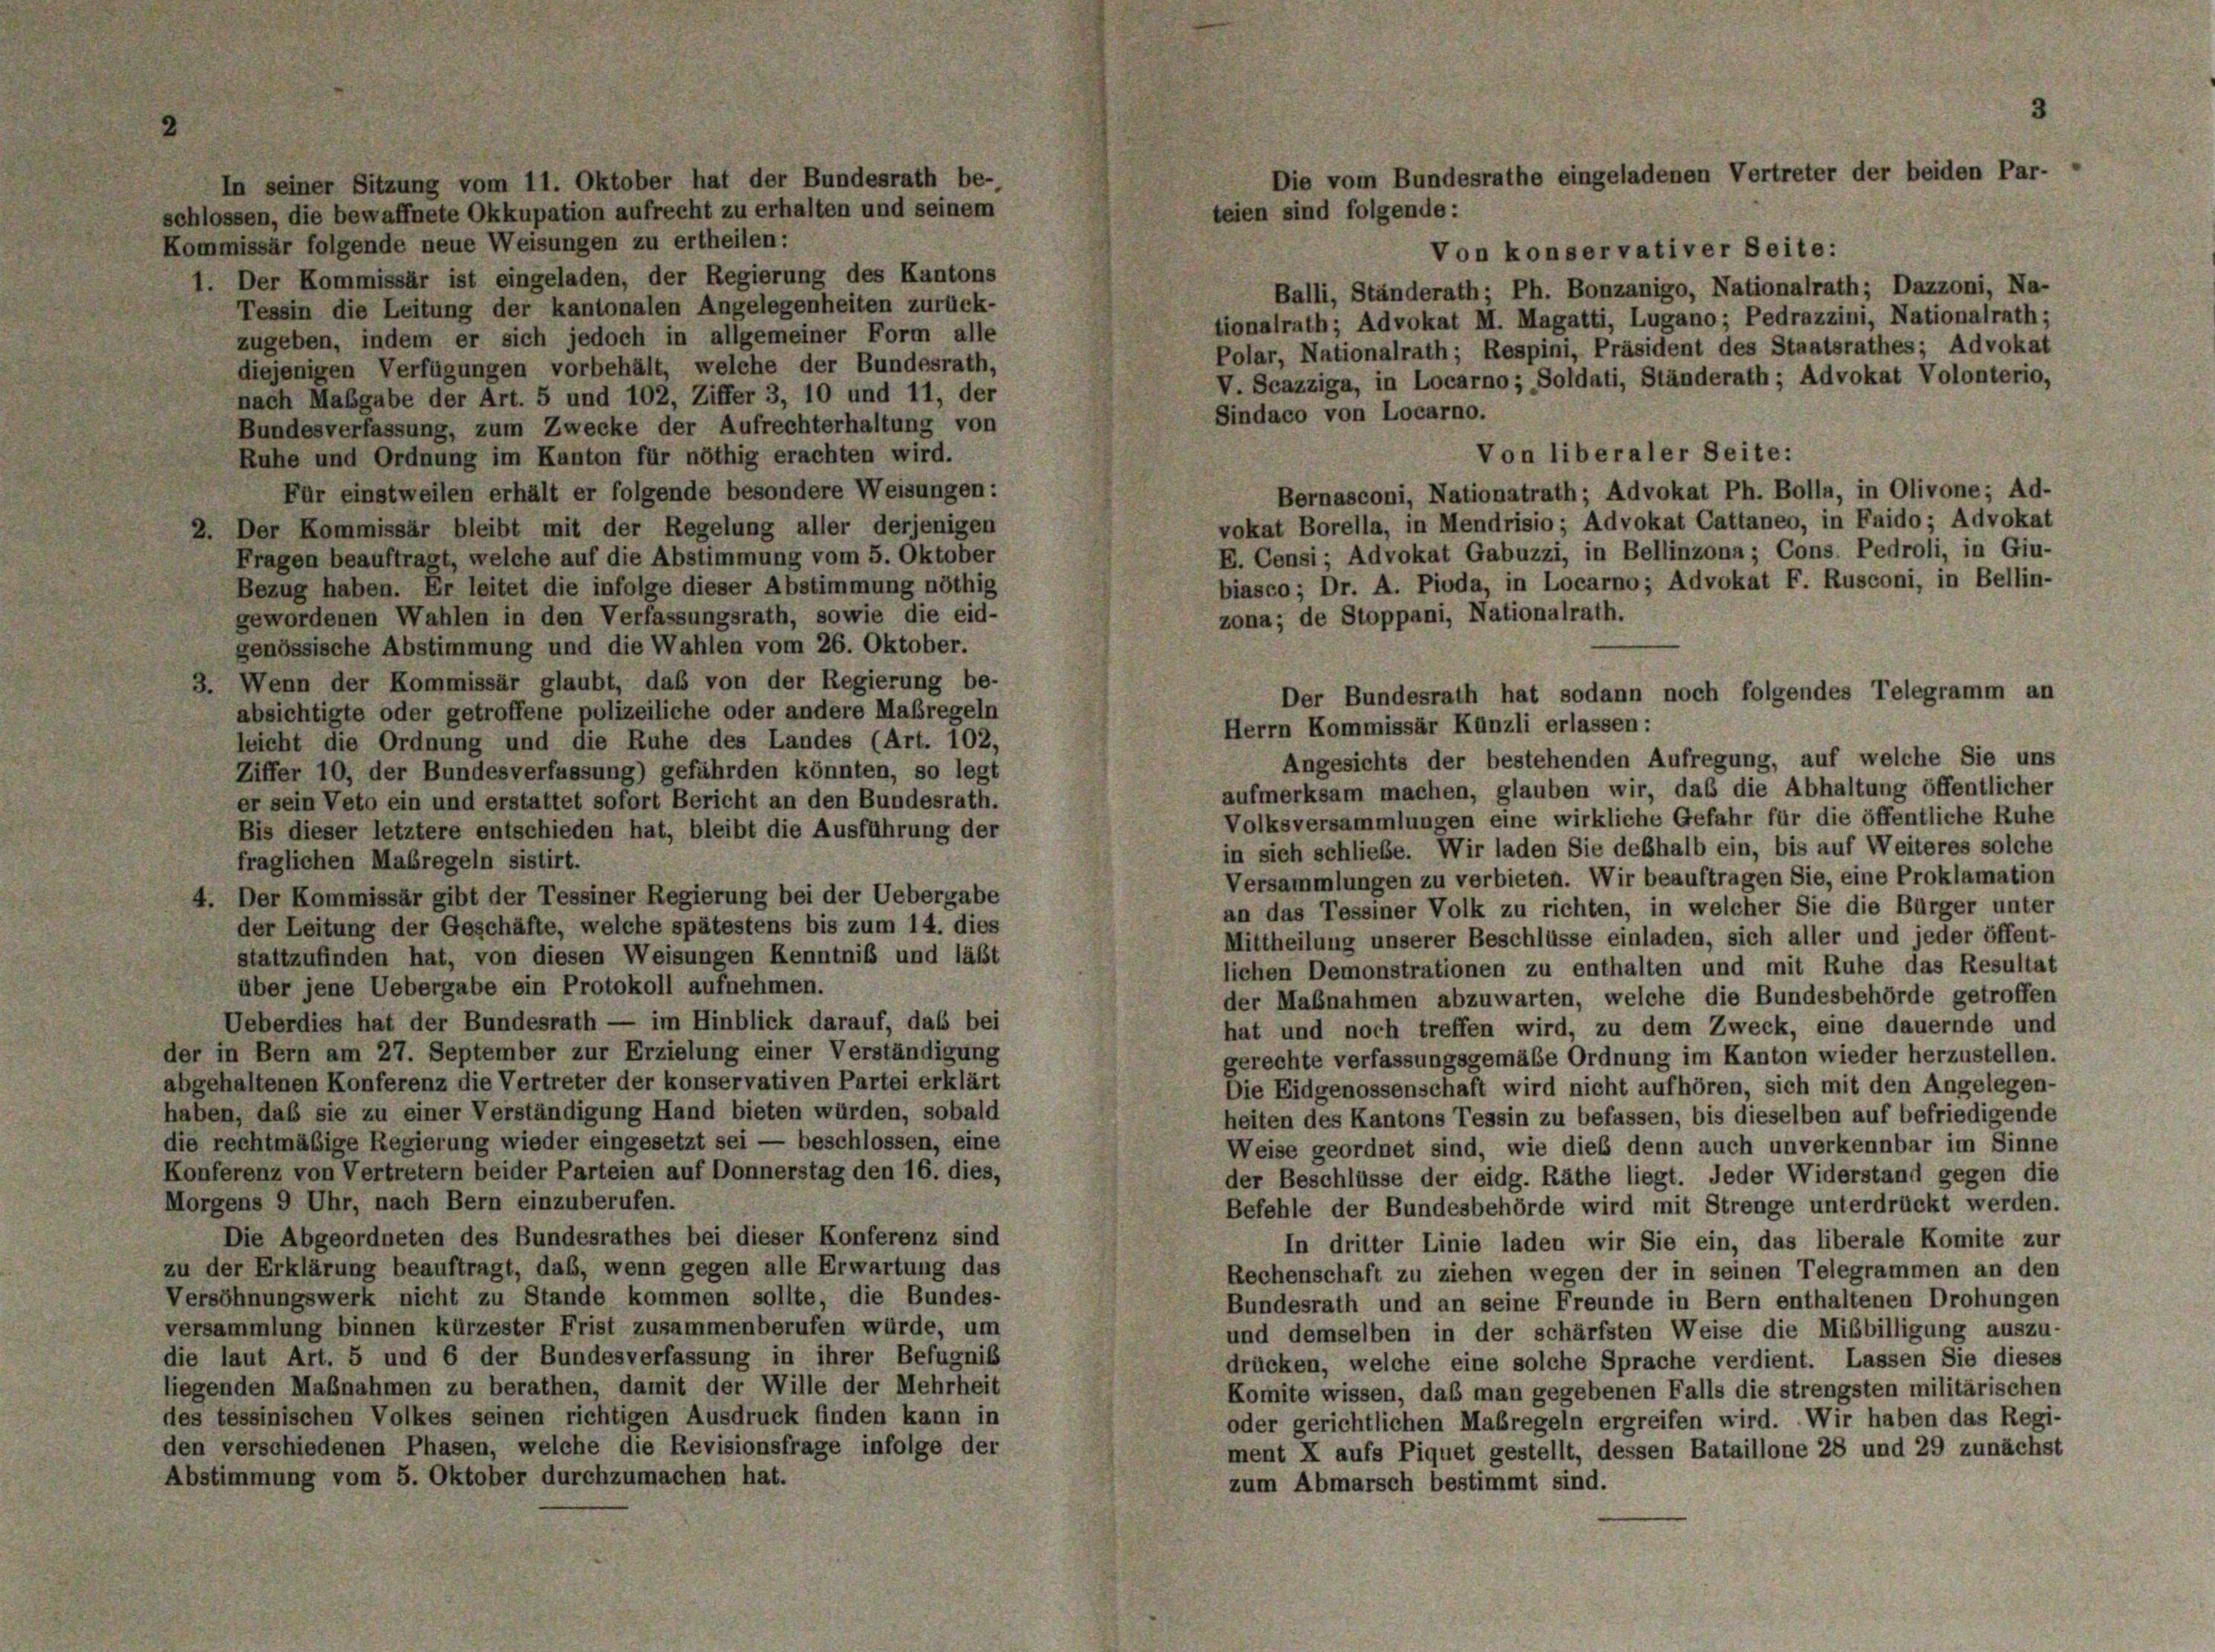
In seiner Sitzung vom 11. Oktober hat der Bundesrath be-
schlossen, die bewaffnete Okkupation aufrecht zu erhalten und seinem
Kommissär folgende neue Weisungen zu ertheilen:
Von konservativer Seite:
1. Der Kommissär ist eingeladen, der Regierung des Kantons
Balli, Ständerath; Ph. Bonzanigo, Nationalrath; Dazzoni, Na-
Tessin die Leitung der kantonalen Angelegenheiten zurück-
tionalrath; Advokat M. Magatti, Lugano; Pedrazzini, Nationalrath;
zugeben, indem er sich jedoch in allgemeiner Form alle
Polar, Nationalrath; Respini, Präsident des Staatsrathes; Advokat
diejenigen Verfügungen vorbehält, welche der Bundesrath,
V. Scazziga, in Locarno ; Soldati, Ständerath; Advokat Volonterio,
nach Maßgabe der Art. 5 und 102, Ziffer 3, 10 und 11, der
Sindaco von Locarno.
Bundesverfassung, zum Zwecke der Aufrechterhaltung von
Von liberaler Seite:
Ruhe und Ordnung im Kanton für nöthig erachten wird.
Für einstweilen erhält er folgende besondere Weisungen:
Bernasconi, Nationatrath; Advokat Ph. Bolla, in Olivone; Ad-
vokat Borella, in Mendrisio; Advokat Cattaneo, in Faido; Advokat
2. Der Kommissär bleibt mit der Regelung aller derjenigen
E. Consi; Advokat Gabuzzi, in Bellinzona; Cons. Pedroli, in Giu-
Fragen beauftragt, welche auf die Abstimmung vom 5. Oktober
biasco; Dr. A. Pioda, in Locarno; Advokat F. Rusconi, in Bellin-
Bezug haben. Er leitet die infolge dieser Abstimmung nöthig
zona; de Stoppani, Nationalrath.
gewordenen Wahlen in den Verfassungsrath, sowie die eid-
genössische Abstimmung und die Wahlen vom 26. Oktober.
3. Wenn der Kommissär glaubt, daß von der Regierung be-
absichtigte oder getroffene polizeiliche oder andere Maßregeln
Herrn Kommissär Künzli erlassen:
leicht die Ordnung und die Ruhe des Landes (Art. 102,
Angesichts der bestehenden Aufregung, auf welche Sie uns
Ziffer 10, der Bundesverfassung) gefährden könnten, so legt
aufmerksam machen, glauben wir, daß die Abhaltung öffentlicher
er sein Veto ein und erstattet sofort Bericht an den Bundesrath.
Volksversammlungen eine wirkliche Gefahr für die öffentliche Ruhe
Bis dieser letztere entschieden hat, bleibt die Ausführung der
in sich schließe. Wir laden Sie deßhalb ein, bis auf Weiteres solche
fraglichen Maßregeln sistirt.
Versammlungen zu verbieten. Wir beauftragen Sie, eine Proklamation
4. Der Kommissär gibt der Tessiner Regierung bei der Uebergabe
an das Tessiner Volk zu richten, in welcher Sie die Bürger unter
der Leitung der Geschäfte, welche spätestens bis zum 14. dies
Mittheilung unserer Beschlüsse einladen, sich aller und jeder öffent-
stattzufinden hat, von diesen Weisungen Kenntniß und läßt
lichen Demonstrationen zu enthalten und mit Ruhe das Resultat
über jene Uebergabe ein Protokoll aufnehmen.
der Maßnahmen abzuwarten, welche die Bundesbehörde getroffen
Ueberdies hat der Bundesrath — im Hinblick darauf, das bei
hat und noch treffen wird, zu dem Zweck, eine dauernde und
der in Bern am 27. September zur Erzielung einer Verständigung
gerechte verfassungsgemäße Ordnung im Kanton wieder herzustellen.
abgehaltenen Konferenz die Vertreter der konservativen Partei erklärt
Die Eidgenossenschaft wird nicht aufhören, sich mit den Angelegen-
haben, daß sie zu einer Verständigung Hand bieten würden, sobald
heiten des Kantons Tessin zu befassen, bis dieselben auf befriedigende
die rechtmäßige Regierung wieder eingesetzt sei — beschlossen, eine
Weise geordnet sind, wie dies denn auch unverkennbar im Sinne
Konferenz von Vertretern beider Parteien auf Donnerstag den 16. dies,
der Beschlüsse der eidg. Räthe liegt. Jeder Widerstand gegen die
Morgens 9 Uhr, nach Bern einzuberufen.
Befehle der Bundesbehörde wird mit Strenge unterdrückt werden.
Die Abgeordneten des Bundesrathes bei dieser Konferenz sind
In dritter Linie laden wir Sie ein, das liberale Komite zur
zu der Erklärung beauftragt, daß, wenn gegen alle Erwartung das
Rechenschaft zu ziehen wegen der in seinen Telegrammen an den
Versöhnungswerk nicht zu Stande kommen sollte, die Bundes-
Bundesrath und an seine Freunde in Bern enthaltenen Drohungen
versammlung binnen kürzester Frist zusammenberufen würde, um
und demselben in der schärfsten Weise die Mißbilligung auszu-
die laut Art. 5 und 6 der Bundesverfassung in ihrer Befugnis
drücken, welche eine solche Sprache verdient. Lassen Sie dieses
liegenden Maßnahmen zu berathen, damit der Wille der Mehrheit
Komite wissen, daß man gegebenen Falls die strengsten militärischen
des tessinischen Volkes seinen richtigen Ausdruck finden kann in
oder gerichtlichen Maßregeln ergreifen wird. Wir haben das Regi-
den verschiedenen Phasen, welche die Revisionsfrage infolge der
ment X aufs Piquet gestellt, dessen Bataillone 28 und 29 zunächst
Abstimmung vom 5. Oktober durchzumachen hat.
zum Abmarsch bestimmt sind.

3
Die vom Bundesrathe eingeladenen Vertreter der beiden Par-
teien sind folgende:

Der Bundesrath hat sodann noch folgendes Telegramm an